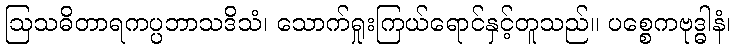
ဩသဓိတာရကပ္ပဘာသဒိသံ၊ သောက်ရှုးကြယ်ရောင်နှင့်တူသည်။ ပစ္စေကဗုဒ္ဓါနံ၊